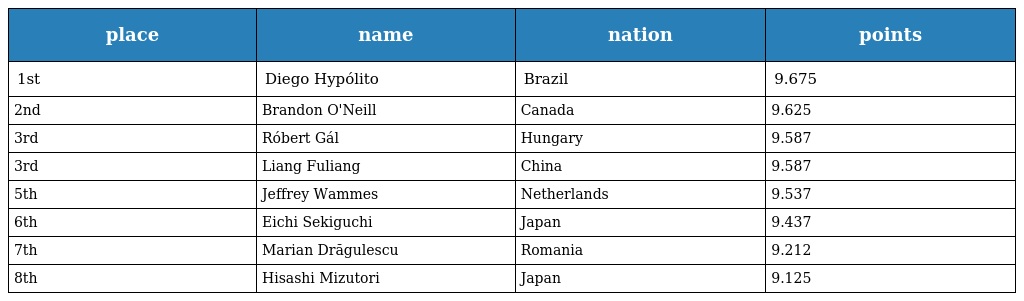
| place | name | nation | points |
 | --- | --- | --- | --- |
 | 1st | Diego Hypólito | Brazil | 9.675 |
 | 2nd | Brandon O'Neill | Canada | 9.625 |
 | 3rd | Róbert Gál | Hungary | 9.587 |
 | 3rd | Liang Fuliang | China | 9.587 |
 | 5th | Jeffrey Wammes | Netherlands | 9.537 |
 | 6th | Eichi Sekiguchi | Japan | 9.437 |
 | 7th | Marian Drăgulescu | Romania | 9.212 |
 | 8th | Hisashi Mizutori | Japan | 9.125 |